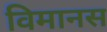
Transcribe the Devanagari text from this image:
विमानस